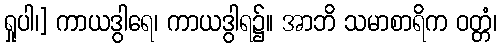
ရှုပါ၊] ကာယဒွါရေ၊ ကာယဒွါရ၌။ အာဘိ သမာစာရိက ဝတ္တံ၊